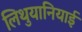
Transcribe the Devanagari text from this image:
लिथुयानियाई